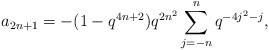
LaTeX: \begin{align*} a_{2n+1} = -(1-q^{4n+2})q^{2n^2}\sum_{j=-n}^{n}q^{-4j^2-j},\end{align*}